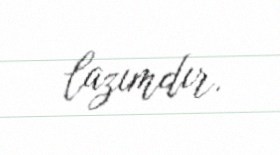
lazımdır.